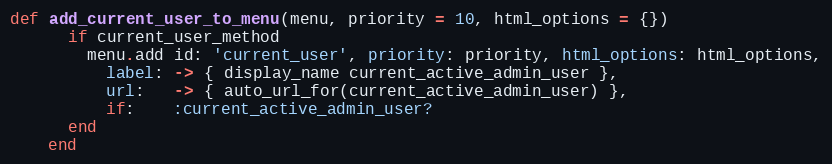
Language: Ruby
def add_current_user_to_menu(menu, priority = 10, html_options = {})
      if current_user_method
        menu.add id: 'current_user', priority: priority, html_options: html_options,
          label: -> { display_name current_active_admin_user },
          url:   -> { auto_url_for(current_active_admin_user) },
          if:    :current_active_admin_user?
      end
    end